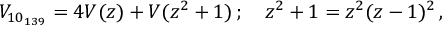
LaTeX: V _ { 1 0 _ { 1 3 9 } } = 4 { \cal V } ( z ) + { \cal V } ( z ^ { 2 } + 1 ) \, ; \quad z ^ { 2 } + 1 = z ^ { 2 } ( z - 1 ) ^ { 2 } \, ,